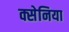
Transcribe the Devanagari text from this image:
क्सेनिया